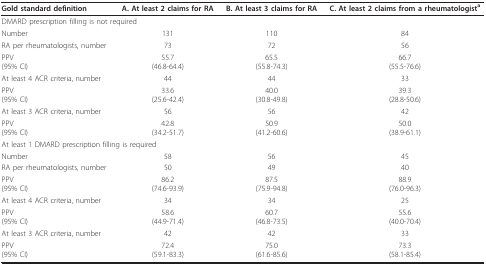
<table><thead><tr><td><b>Gold standard definition</b></td><td><b>A. At least 2 claims for RA</b></td><td><b>B. At least 3 claims for RA</b></td><td><b>C. At least 2 claims from a rheumatologist<sup>a</sup></b></td></tr></thead><tbody><tr><td colspan="4">DMARD prescription filling is not required</td></tr><tr><td>Number</td><td>131</td><td>110</td><td>84</td></tr><tr><td>RA per rheumatologists, number</td><td>73</td><td>72</td><td>56</td></tr><tr><td>PPV(95% CI)</td><td>55.7(46.8-64.4)</td><td>65.5(55.8-74.3)</td><td>66.7(55.5-76.6)</td></tr><tr><td>At least 4 ACR criteria, number</td><td>44</td><td>44</td><td>33</td></tr><tr><td>PPV(95% CI)</td><td>33.6(25.6-42.4)</td><td>40.0(30.8-49.8)</td><td>39.3(28.8-50.6)</td></tr><tr><td>At least 3 ACR criteria, number</td><td>56</td><td>56</td><td>42</td></tr><tr><td>PPV(95% CI)</td><td>42.8(34.2-51.7)</td><td>50.9(41.2-60.6)</td><td>50.0(38.9-61.1)</td></tr><tr><td colspan="4">At least 1 DMARD prescription filling is required</td></tr><tr><td>Number</td><td>58</td><td>56</td><td>45</td></tr><tr><td>RA per rheumatologists, number</td><td>50</td><td>49</td><td>40</td></tr><tr><td>PPV(95% CI)</td><td>86.2(74.6-93.9)</td><td>87.5(75.9-94.8)</td><td>88.9(76.0-96.3)</td></tr><tr><td>At least 4 ACR criteria, number</td><td>34</td><td>34</td><td>25</td></tr><tr><td>PPV(95% CI)</td><td>58.6(44.9-71.4)</td><td>60.7(46.8-73.5)</td><td>55.6(40.0-70.4)</td></tr><tr><td>At least 3 ACR criteria, number</td><td>42</td><td>42</td><td>33</td></tr><tr><td>PPV(95% CI)</td><td>72.4(59.1-83.3)</td><td>75.0(61.6-85.6)</td><td>73.3(58.1-85.4)</td></tr></tbody></table>